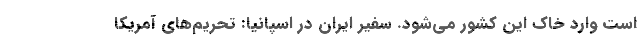
است وارد خاک این کشور می‌شود. سفیر ایران در اسپانیا: تحریم‌های آمریکا